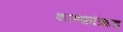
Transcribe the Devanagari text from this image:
शाण्फ़ॉऋड्